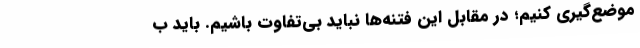
موضع‌گیری کنیم؛ در مقابل این فتنه‌ها نباید بی‌تفاوت باشیم. باید ب